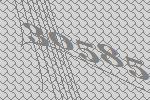
30585